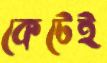
কেটেই